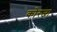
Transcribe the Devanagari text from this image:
कोरजा